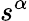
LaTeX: s^{\alpha}